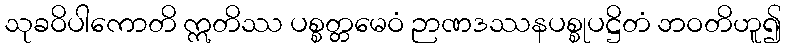
သုခဝိပါကောတိ ဣတိဿ ပစ္စတ္တမေဝံ ဉာဏဒဿနပစ္စုပဋ္ဌိတံ ဘဝတိဟူ၍